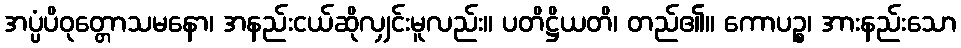
အပ္ပံပိဝုတ္တောသမနော၊ အနည်းငယ်ဆိုလျှင်းမူလည်း။ ပတိဋ္ဌိယတိ၊ တည်၏။ ကောပဉ္စ၊ အားနည်းသော